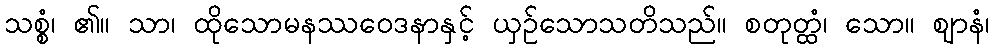
သစ္စံ၊ ၏။ သာ၊ ထိုသောမနဿဝေဒနာနှင့် ယှဉ်သောသတိသည်။ စတုတ္ထံ၊ သော။ ဈာနံ၊